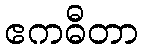
ဧကဓီတာ